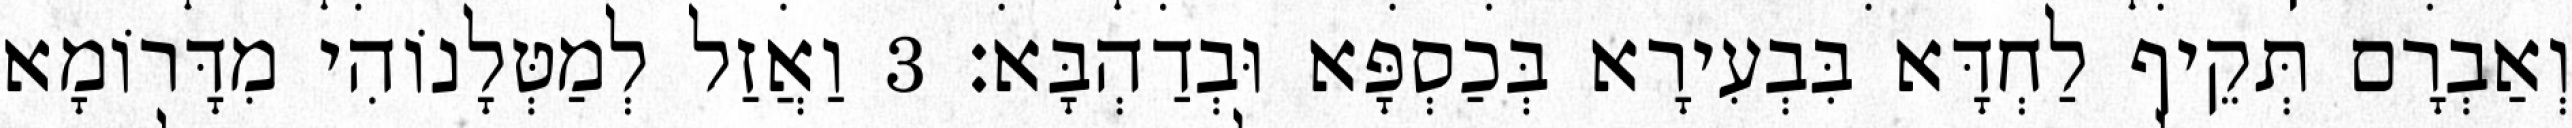
וְאַבְרָם תְּקֵיף לַחְדָּא בִּבְעִירָא בְּכַסְפָּא וּבְדַהְבָּא׃ 3 וַאֲזַל לְמַטְּלָנוֹהִי מִדָּרוֹמָא